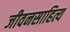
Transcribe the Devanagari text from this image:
जीवनसाहित्य